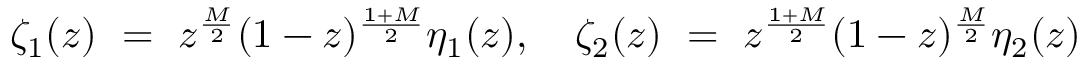
\zeta _ { 1 } ( z ) ~ = ~ z ^ { \frac { M } { 2 } } ( 1 - z ) ^ { \frac { 1 + M } { 2 } } \eta _ { 1 } ( z ) , ~ ~ ~ \zeta _ { 2 } ( z ) ~ = ~ z ^ { \frac { 1 + M } { 2 } } ( 1 - z ) ^ { \frac { M } { 2 } } \eta _ { 2 } ( z )